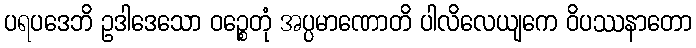
ပရပဒေဘိ ဥဒါဒေသော ဝဉ္စေတုံ အပ္ပမာဏောတိ ပါလိလေယျကေ ဝိပဿနာတော